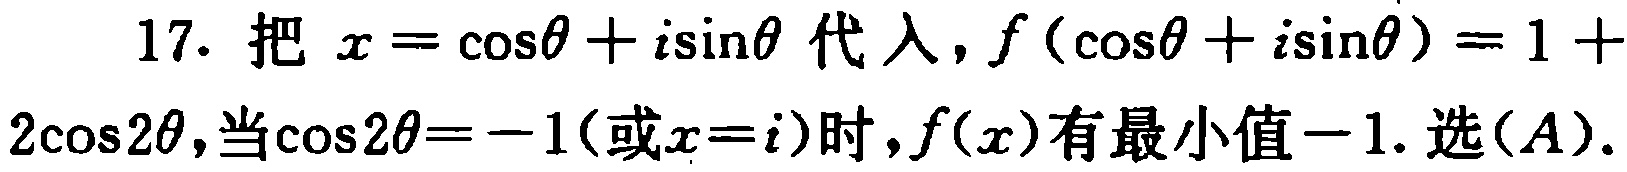
17. 把 \(x = \cos\theta + i\sin\theta\) 代入，\(f(\cos\theta + i\sin\theta)=1 + 2\cos2\theta\)，当\(\cos2\theta=-1\)（或\(x = i\)）时，\(f(x)\)有最小值\(-1\). 选\((A)\).